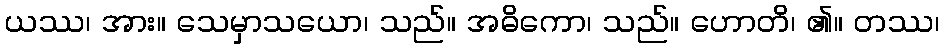
ယဿ၊ အား။ သေမှာသယော၊ သည်။ အဓိကော၊ သည်။ ဟောတိ၊ ၏။ တဿ၊